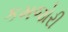
કમજોરી